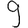
Digit: 9